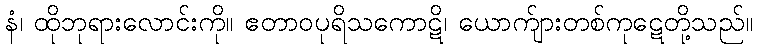
နံ၊ ထိုဘုရားလောင်းကို။ ဧတာဝပုရိသကောဋိ၊ ယောက်ျားတစ်ကုဋေတို့သည်။